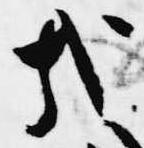
哉